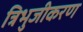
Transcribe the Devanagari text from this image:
त्रिभुजीकरण